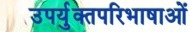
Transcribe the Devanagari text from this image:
उपर्युक्तपरिभाषाओं